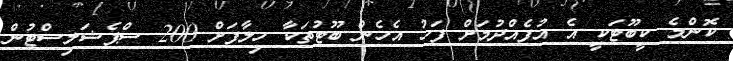
ކޮންމެ ކީބޫޓަކީ އެ އުފެއްދުމަށް ފަހު އެހެން ބޫޓުތަކާ ހިލާފަށް 200 ސްޕެޝަލިސްޓުން